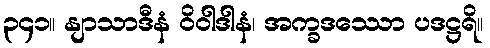
၃၄၁။ နျာသာဒီနံ ဝိဝါဒါနံ၊ အက္ခဒဿော ပဒဋ္ဌရိ။